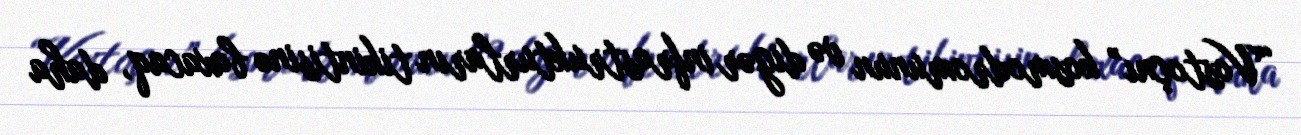
“Vostoçnı” kosmodromunun və digər infrastrukturların tikintisinə baxacaq, daha